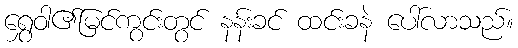
ရွှေဝါ၏မြင်ကွင်းတွင် နန်းခင် ထင်းခနဲ ပေါ်လာသည်။